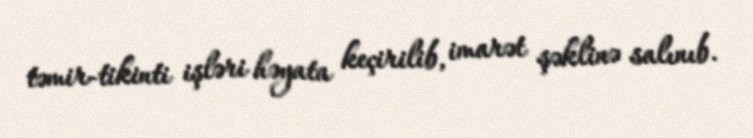
təmir-tikinti işləri həyata keçirilib, imarət şəklinə salınıb.